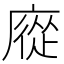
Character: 㢔